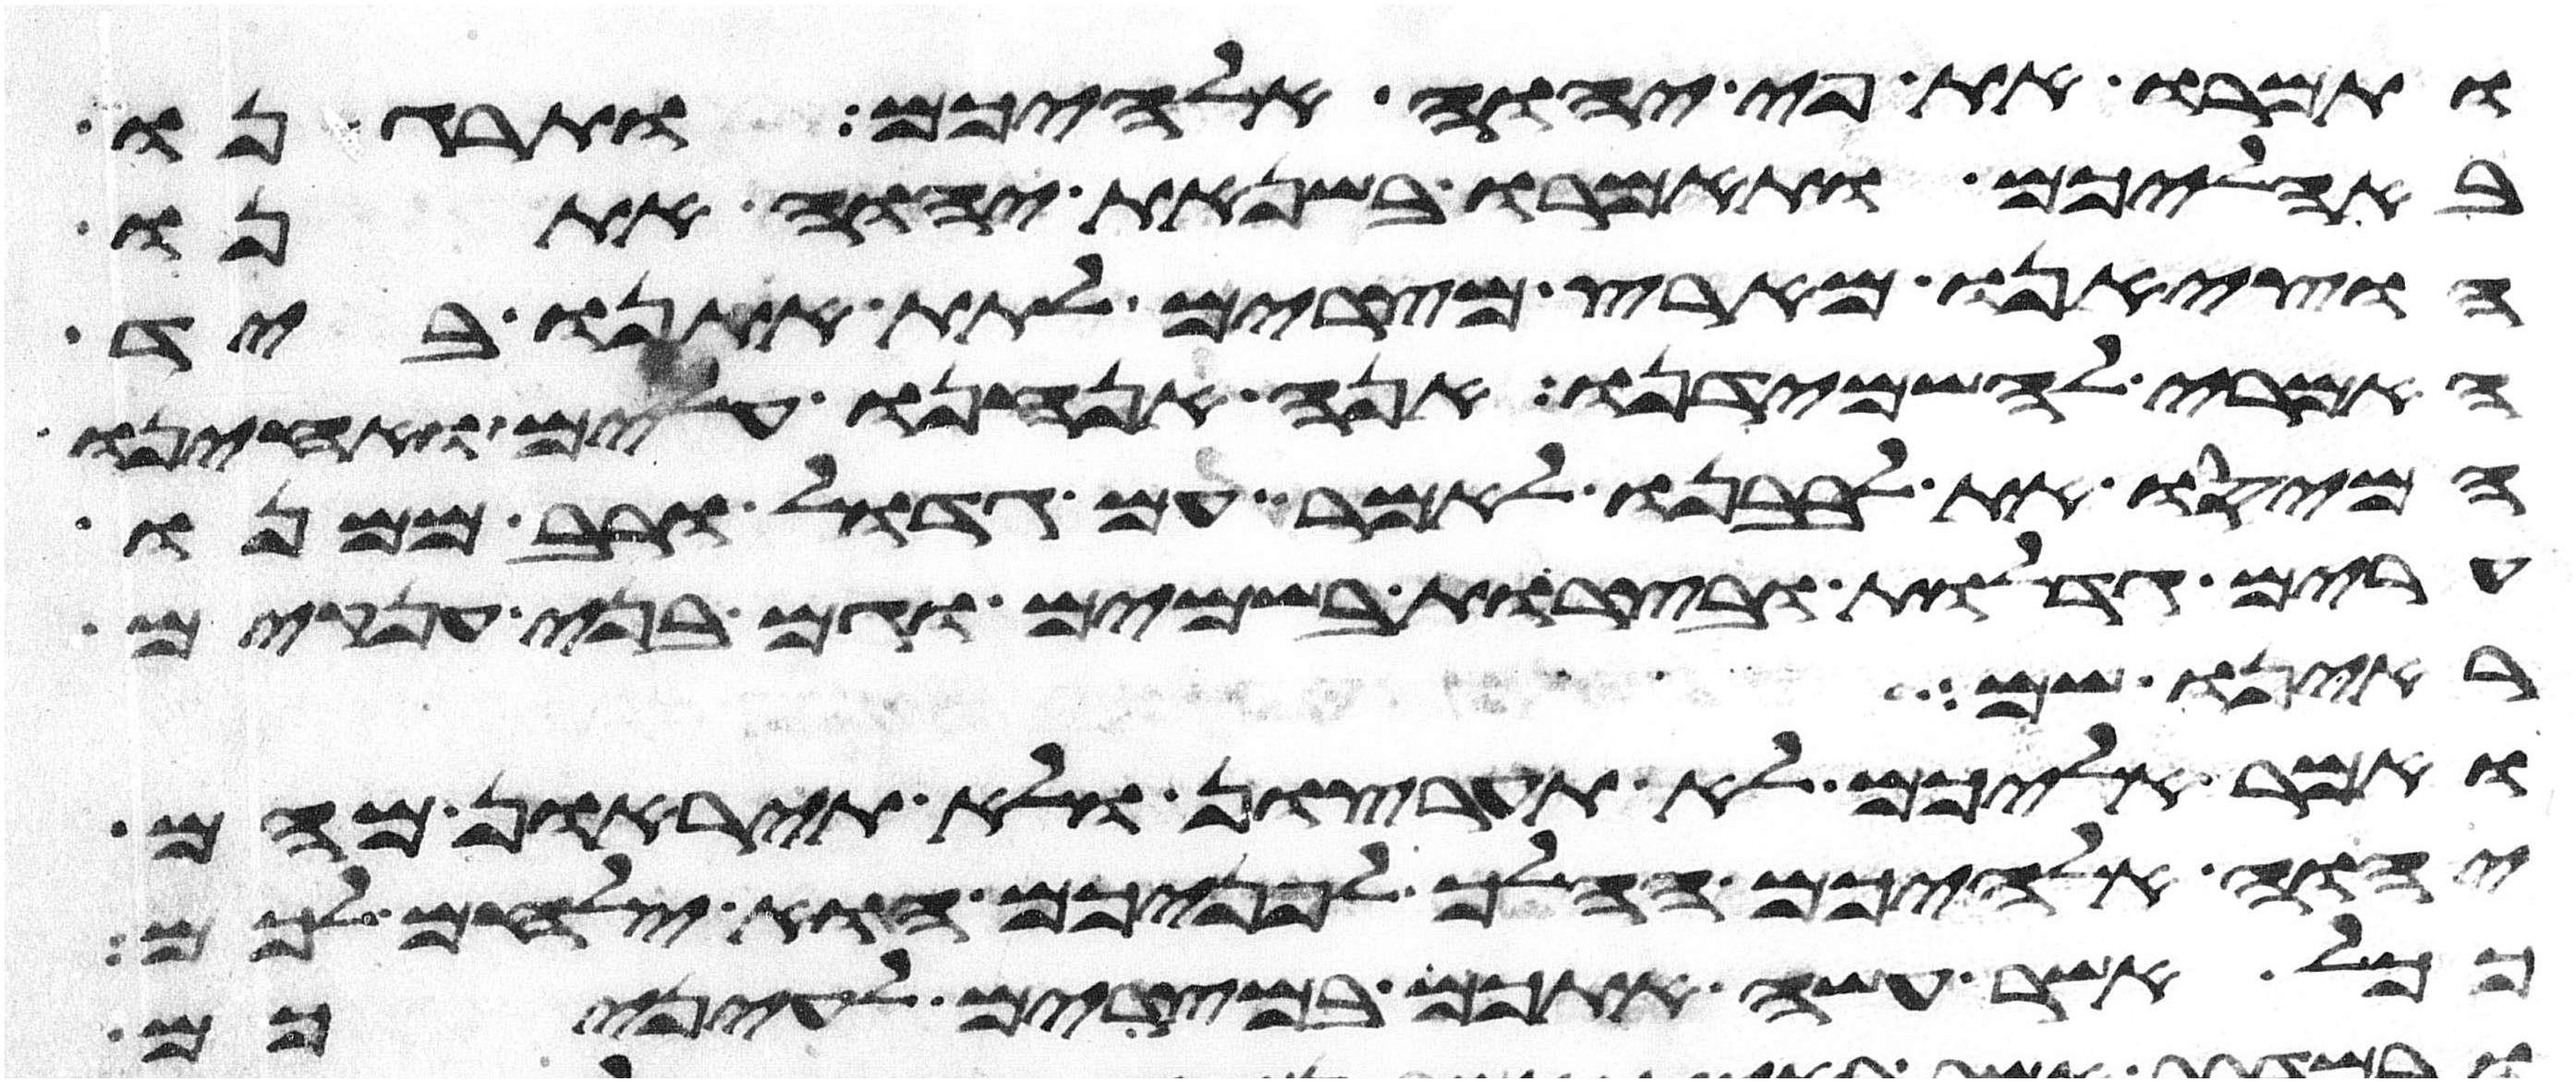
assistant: ותמרו את פי יהוה אלהיכם ותרגנו
באהליכם ותאמרו בשנאת יהוה אתנו
הוציאנו מארץ מצרים לתת אתנו ביד
האמרי להשמידנו אנה אנחנו עלים ואחינו
המיסו את לבבנו לאמר עם גדול ורב ממנו
ערים גדלות ובצרות בשמים וגם בני ענקים
ראינו שם
ואמר אליכם לא תערצון ולא תיראון מהם
יהוה אלהיכם ההלך לפניכם הוא ילחם לכם
ככל אשר עשה אתכם במצרים לעיניכם